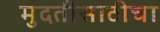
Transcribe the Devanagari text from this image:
मुदतीसाठीचा